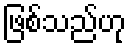
ဖြစ်သည်ဟု